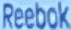
Reebok